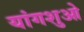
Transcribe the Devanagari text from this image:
यांगशुओ